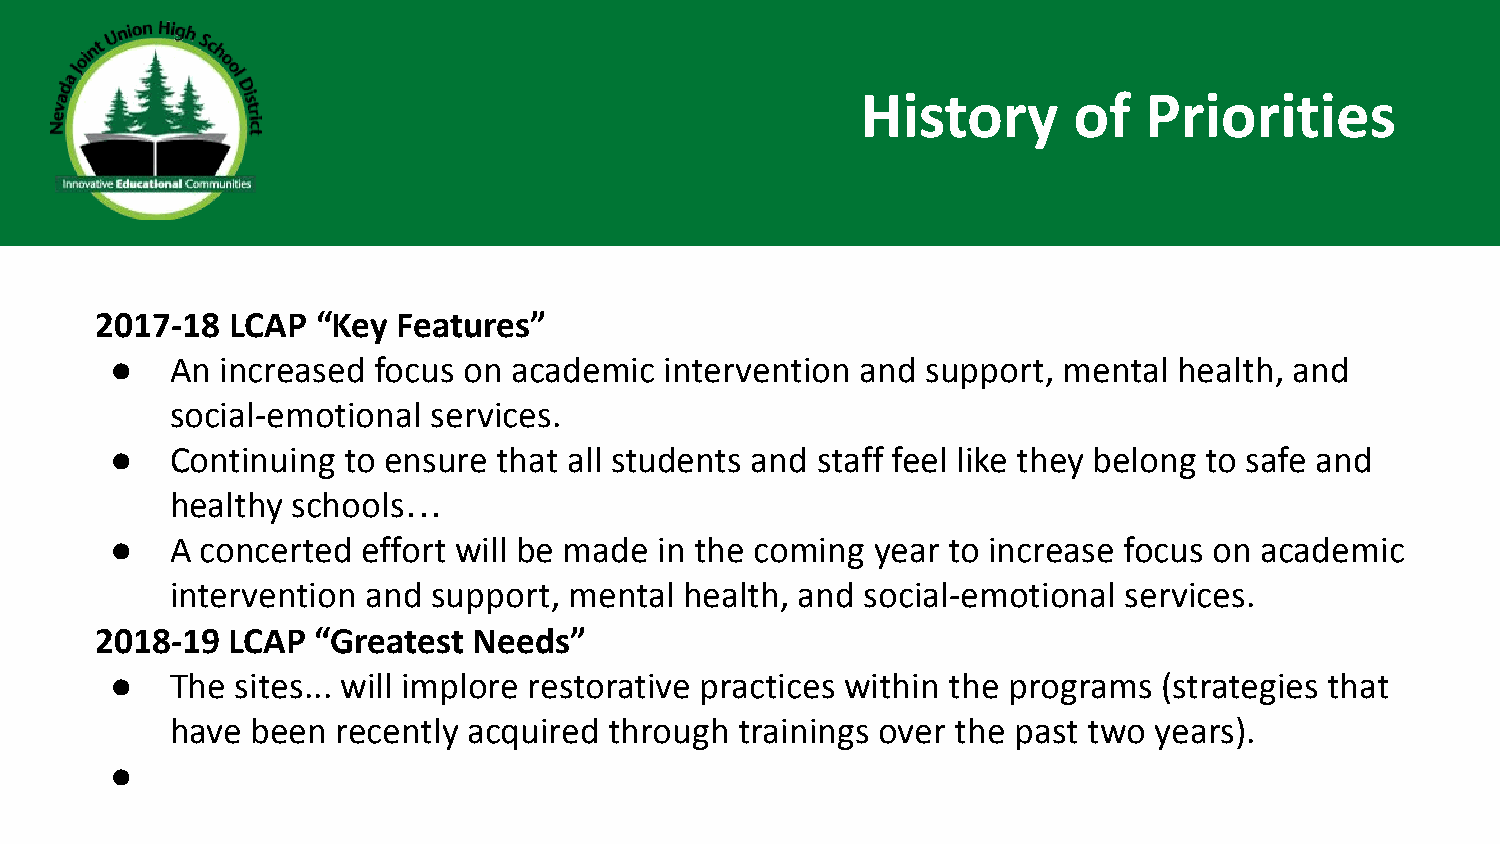
History       of   Priorities
 2017-18  LCAP  “Key Features”
 ●   An  increased focus on academic  intervention and support, mental  health, and
 social-emotional  services.
 ●   Continuing  to ensure that all students and staff feel like they belong to safe and
 healthy schools…
 ●   A concerted  effort will be made in the coming year to increase focus on academic
 intervention and  support, mental health, and social-emotional services.
 2018-19  LCAP  “Greatest Needs”
 ●   The  sites... will implore restorative practices within the programs (strategies that
 have  been recently acquired through  trainings over the past two years).
 ●